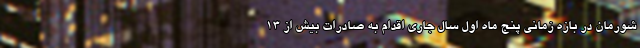
شورمان در بازه زمانی پنج ماه اول سال جاری اقدام به صادرات بیش از ۱۳